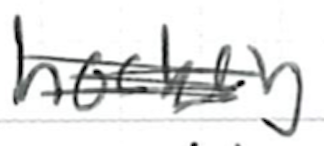
Text: hockey
Cross-out: scratch
Writing tool: ballpoint